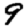
Digit: 9